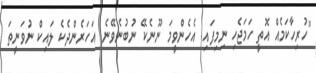
"ހުރިހާކަމެއް އޮތީ ހަމަޖެހި ނިމިފައި. އެހެންވީމަ ނޫނެކޭ ނުބުނެވޭނެ. އަހަރެންދެކެ ލައިކް ނުވަނީތަ